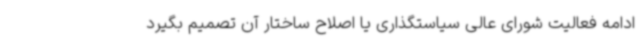
ادامه فعالیت شورای عالی سیاستگذاری یا اصلاح ساختار آن تصمیم بگیرد